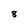
Character: 8